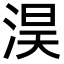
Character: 淏